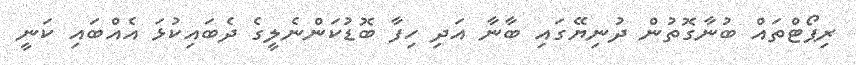
ރިޕޯޓްތައް ބުނާގޮތުން ދުނިޔޭގައި ބާނާ އަދި ހިފާ ބޮޑުކަންނެލީގެ ދެބައިކުޅަ އެއްބައި ކަނީ